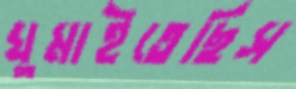
ঘুমাইতেছিস